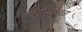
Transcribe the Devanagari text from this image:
संगरेड्डीपेटजवळ